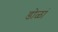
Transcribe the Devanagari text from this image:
डोळां